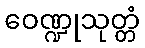
ဝေဏ္ဍုသုတ္တံ